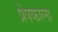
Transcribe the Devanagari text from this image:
प्रेषकाला